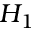
H _ { 1 }